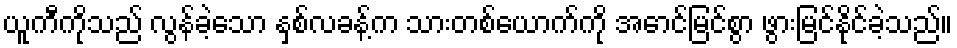
ယူကီကိုသည် လွန်ခဲ့သော နှစ်လခန့်က သားတစ်ယောက်ကို အောင်မြင်စွာ ဖွားမြင်နိုင်ခဲ့သည်။